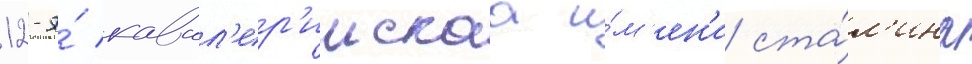
12-я́ кавал'ер'иискаа и́м'ен'и ста́л'ина